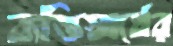
ব্যক্তিস্বার্থের